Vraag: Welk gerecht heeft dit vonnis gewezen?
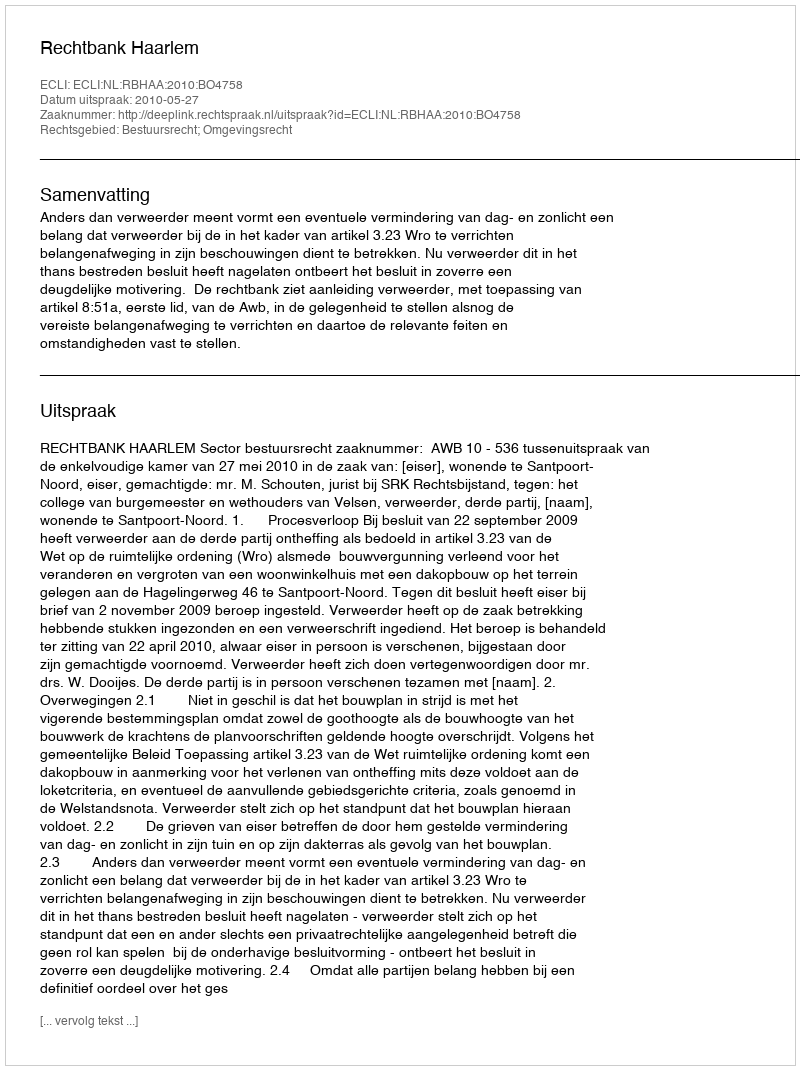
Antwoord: Rechtbank Haarlem